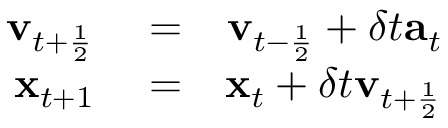
\begin{array} { r l r } { \mathbf { v } _ { t + \frac { 1 } { 2 } } } & { { } = } & { \mathbf { v } _ { t - \frac { 1 } { 2 } } + \delta t \mathbf { a } _ { t } } \\ { \mathbf { x } _ { t + 1 } } & { { } = } & { \mathbf { x } _ { t } + \delta t \mathbf { v } _ { t + \frac { 1 } { 2 } } } \end{array}